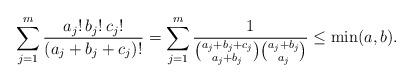
LaTeX: \begin{align*} \sum_{j=1}^m \frac{a_j! \, b_j! \, c_j!}{(a_j+b_j+c_j)!}=\sum_{j=1}^m \frac{1}{\binom{a_j+b_j+c_j}{a_j+b_j} \binom{a_j+b_j}{a_j}} \leq\min(a,b). \end{align*}